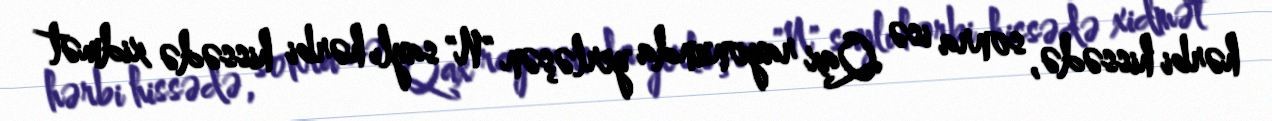
hərbi hissədə, sonra isə Qax rayonunda yerləşən "N" saylı hərbi hissədə xidmət